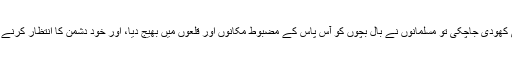
کھائی کھودی جاچکی تو مسلمانوں نے بال بچوں کو آس پاس کے مضبوط مکانوں اور قلعوں میں بھیج دیا، اور خود دشمن کا انتظار کرنے لگے۔